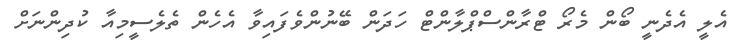
އެލީ އެދެނީ ބޯން މެރޯ ޓްރާންސްޕްލާންޓް ހަދަން ބޭނުންވެފައިވާ އެހެން ތެލެސީމިއާ ކުދިންނަށް